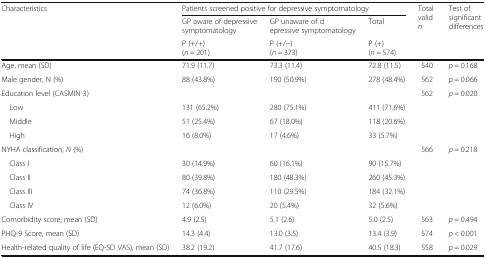
<table><thead><tr><td rowspan="3"><b>Characteristics</b></td><td colspan="3"><b>Patients screened positive for depressive symptomatology</b></td><td rowspan="3"><b>Total valid <i>n</i></b></td><td rowspan="3"><b>Test of significant differences</b></td></tr><tr><td><b>GP aware of depressive symptomatology</b></td><td><b>GP unaware of depressive symptomatology</b></td><td><b>Total</b></td></tr><tr><td><b>P (+/+)(<i>n</i> = 201)</b></td><td><b>P (+/−)(<i>n</i> = 373)</b></td><td><b>P (+)(<i>n</i> = 574)</b></td></tr></thead><tbody><tr><td>Age, mean (SD)</td><td>71.9 (11.7)</td><td>73.3 (11.4)</td><td>72.8 (11.5)</td><td>540</td><td><i>p</i> = 0.168</td></tr><tr><td>Male gender, N (%)</td><td>88 (43.8%)</td><td>190 (50.9%)</td><td>278 (48.4%)</td><td>562</td><td><i>p</i> = 0.066</td></tr><tr><td>Education level (CASMIN 3)</td><td></td><td></td><td></td><td>562</td><td><i>p</i> = 0.020</td></tr><tr><td> Low</td><td>131 (65.2%)</td><td>280 (75.1%)</td><td>411 (71.6%)</td><td></td><td></td></tr><tr><td> Middle</td><td>51 (25.4%)</td><td>67 (18.0%)</td><td>118 (20.6%)</td><td></td><td></td></tr><tr><td> High</td><td>16 (8.0%)</td><td>17 (4.6%)</td><td>33 (5.7%)</td><td></td><td></td></tr><tr><td>NYHA classification, <i>N</i> (%)</td><td></td><td></td><td></td><td>566</td><td><i>p</i> = 0.218</td></tr><tr><td> Class I</td><td>30 (14.9%)</td><td>60 (16.1%)</td><td>90 (15.7%)</td><td></td><td></td></tr><tr><td> Class II</td><td>80 (39.8%)</td><td>180 (48.3%)</td><td>260 (45.3%)</td><td></td><td></td></tr><tr><td> Class III</td><td>74 (36.8%)</td><td>110 (29.5%)</td><td>184 (32.1%)</td><td></td><td></td></tr><tr><td> Class IV</td><td>12 (6.0%)</td><td>20 (5.4%)</td><td>32 (5.6%)</td><td></td><td></td></tr><tr><td>Comorbidity score, mean (SD)</td><td>4.9 (2.5)</td><td>5.1 (2.6)</td><td>5.0 (2.5)</td><td>563</td><td><i>p</i> = 0.494</td></tr><tr><td>PHQ-9 Score, mean (SD)</td><td>14.3 (4.4)</td><td>13.0 (3.5)</td><td>13.4 (3.9)</td><td>574</td><td><i>p</i> &lt; 0.001</td></tr><tr><td>Health-related quality of life (EQ-5D VAS), mean (SD)</td><td>38.2 (19.2)</td><td>41.7 (17.6)</td><td>40.5 (18.3)</td><td>558</td><td><i>p</i> = 0.029</td></tr></tbody></table>